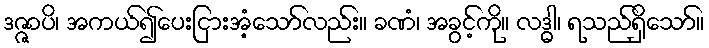
ဒဇ္ဇာပိ၊ အကယ်၍ပေးငြားအံ့သော်လည်း။ ခဏံ၊ အခွင့်ကို။ လဒ္ဓါ၊ ရသည်ရှိသော်။